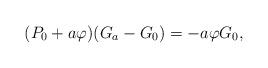
LaTeX: \begin{align*}(P_0+a\varphi)(G_a-G_0)=-a\varphi G_0,\end{align*}